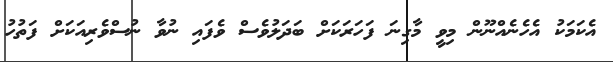
އެކަމަކު އެހެނެއްނޫން މިވީ މާގިނަ ފަހަރަކަށް ބަދަލުވެސް ވެފައި ނުވާ ނުސްވެރިއަކަށް ފަތުހު